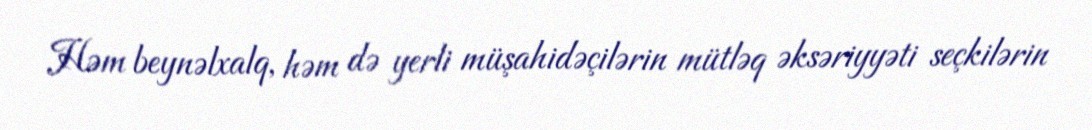
Həm beynəlxalq, həm də yerli müşahidəçilərin mütləq əksəriyyəti seçkilərin